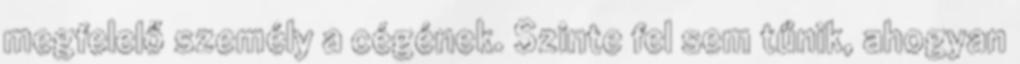
megfelelő személy a cégének. Szinte fel sem tűnik, ahogyan